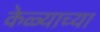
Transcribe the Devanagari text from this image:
केळ्याच्या